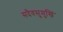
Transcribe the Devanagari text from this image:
सदैवसुमुखिं